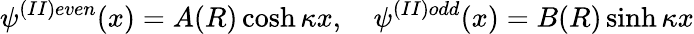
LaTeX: \psi^{(II)even}(x)=A(R)\cosh\kappa x,\quad\psi^{(II)odd}(x)=B(R)\sinh\kappa x